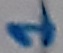
Text: 1